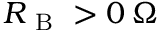
R _ { \mathrm { ~ B ~ } } > 0 \, \Omega